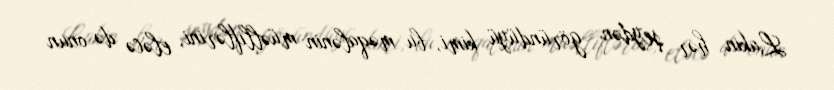
Lakin hər şeydən göründüyü kimi, bu məqalənin müəlliflərini, eləcə də onun